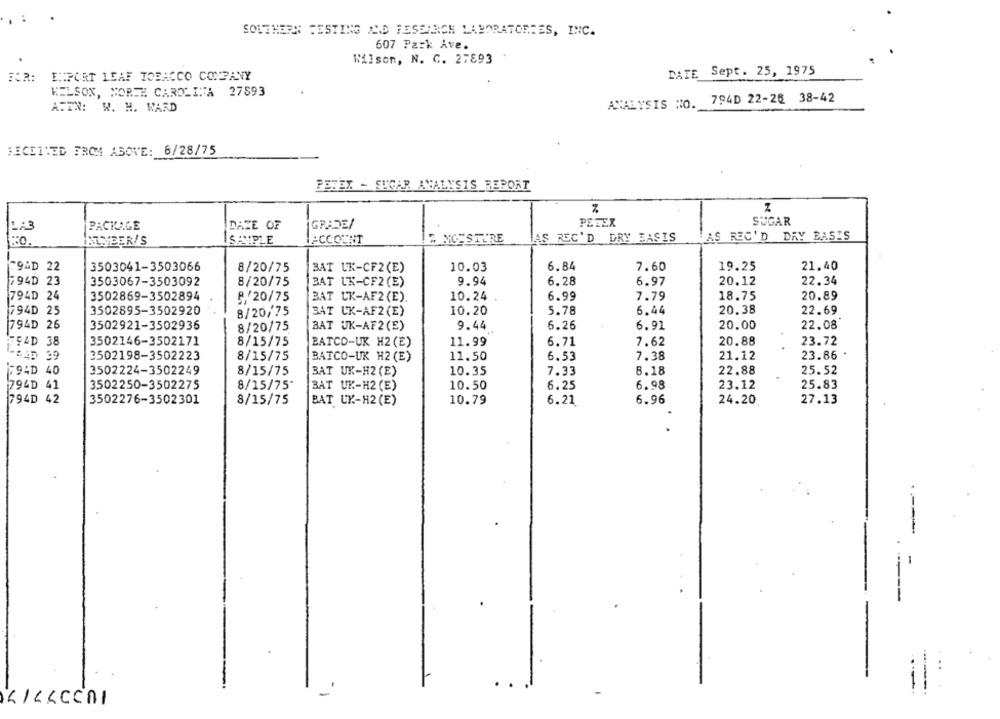
SOUTHERN TESTING AND RESEARCH LABORATORIES, INC.
607 Park Ave.
Wilson, N. C. 27893
DATE Sept. 25, 1975
FOR: EXPORT LEAF TOBACCO COMPANY
KELSON, NORTH CAROLINA 27593
794D 22-26 38-42
ATTN: W. H. WARD
ANALYSIS NO.
RECEIVED FROM ABOVE: 6/28/75
PETEX - SIGAR ANALYSIS REPORT
%
Z
PETEX
SUGAR
LA3
PACKAGE
DATE OF
GRADE/
LAS REC'D DRY BASIS
AS REC'D DRY BASIS
AUNDER/S
SAMPLE
ACCOUNT
& NGESTURE
3503041-3503066
6.84
7.60
.9&D 22
8/20/75
BAT UK-CF2(E)
10.03
19.25
21.40
9.94
20.12
22.34
794D 23
3503067-3503092
8/20/75
BAT UK-CF2 (E)
6.28
6.97
794D 24
3502869-3502894
9,20/75
BAT CK-AF2 (E).
10.24
6.99
7.79
18.75
20.89
6.44
20.38
22.69
794D 25
3502895-3502920
8/20/75
BAT UK-AF2 (E)
10.20
5.78
794D 26
3502921-3502936
8/20/75
BAT UK-AF2 (E)
9.44
6.26
6.91
20.00
22.08
94D 38
3502146-3502171
8/15/75
BATCO-UK H2 (E)
11.99
6.71
7.62
20.88
23.72
LEAD 39
3502198-3502223
8/15/75
BATCO-UK H2 (E)
11.50
6.53
7.38
21.12
23.86
694D 40
3502224-3502249
8/15/75
BAT UK-H2 (E)
10.35
7.33
8.18
22.88
25.52
794D 41
3502250-3502275
8/15/75*
BAT UK-H2 (E)
10.50
6.25
6.98
23.12
25.83
794D 42
3502276-3502301
8/15/75
BAT UK .- H2 (E)
10.79
6.21
6.96
24.20
27.13
KILLCCAI